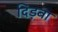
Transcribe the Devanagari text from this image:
दिड़बा